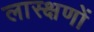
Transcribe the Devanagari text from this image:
लास्क्षणों